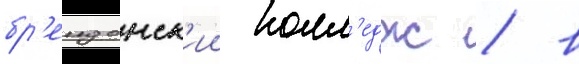
бр'ендонск'ии колл'едж / в